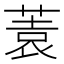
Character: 𱾂